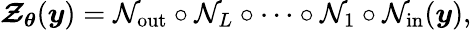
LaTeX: \boldsymbol{\mathcal{Z}}_{\boldsymbol{\theta}}(\boldsymbol{y})={\mathcal{N}}_{\mathrm{out}}\circ{\mathcal{N}}_{L}\circ\cdots\circ{\mathcal{N}}_{1}\circ{\mathcal{N}}_{\mathrm{in}}(\boldsymbol{y}),